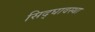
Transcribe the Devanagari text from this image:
सिद्घावस्था